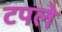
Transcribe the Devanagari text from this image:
टपले